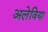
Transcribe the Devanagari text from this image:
अलेविया